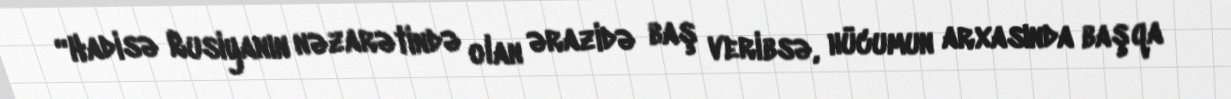
“Hadisə Rusiyanın nəzarətində olan ərazidə baş veribsə, hücumun arxasında başqa